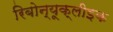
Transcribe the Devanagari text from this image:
रिबोन्यूक्लीइक